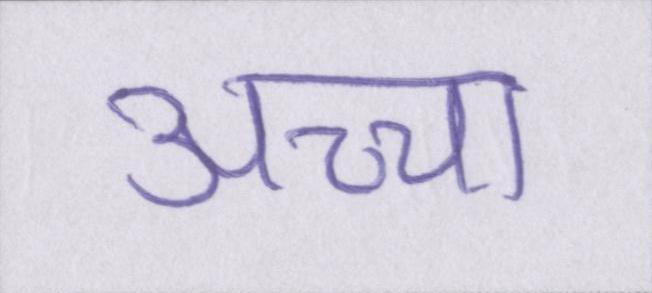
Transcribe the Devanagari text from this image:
अच्चा